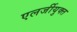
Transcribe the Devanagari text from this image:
एलर्जीयुक्त